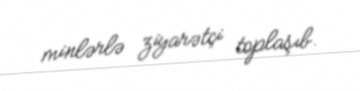
minlərlə ziyarətçi toplaşıb.